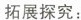
拓展探究：